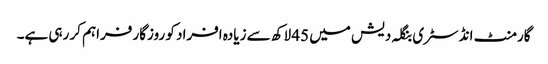
گارمنٹ انڈسٹری بنگلہ دیش میں 45 لاکھ سے زیادہ افراد کو روزگار فراہم کر رہی ہے۔